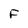
Character: F